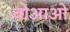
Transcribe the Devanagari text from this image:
बोआओ